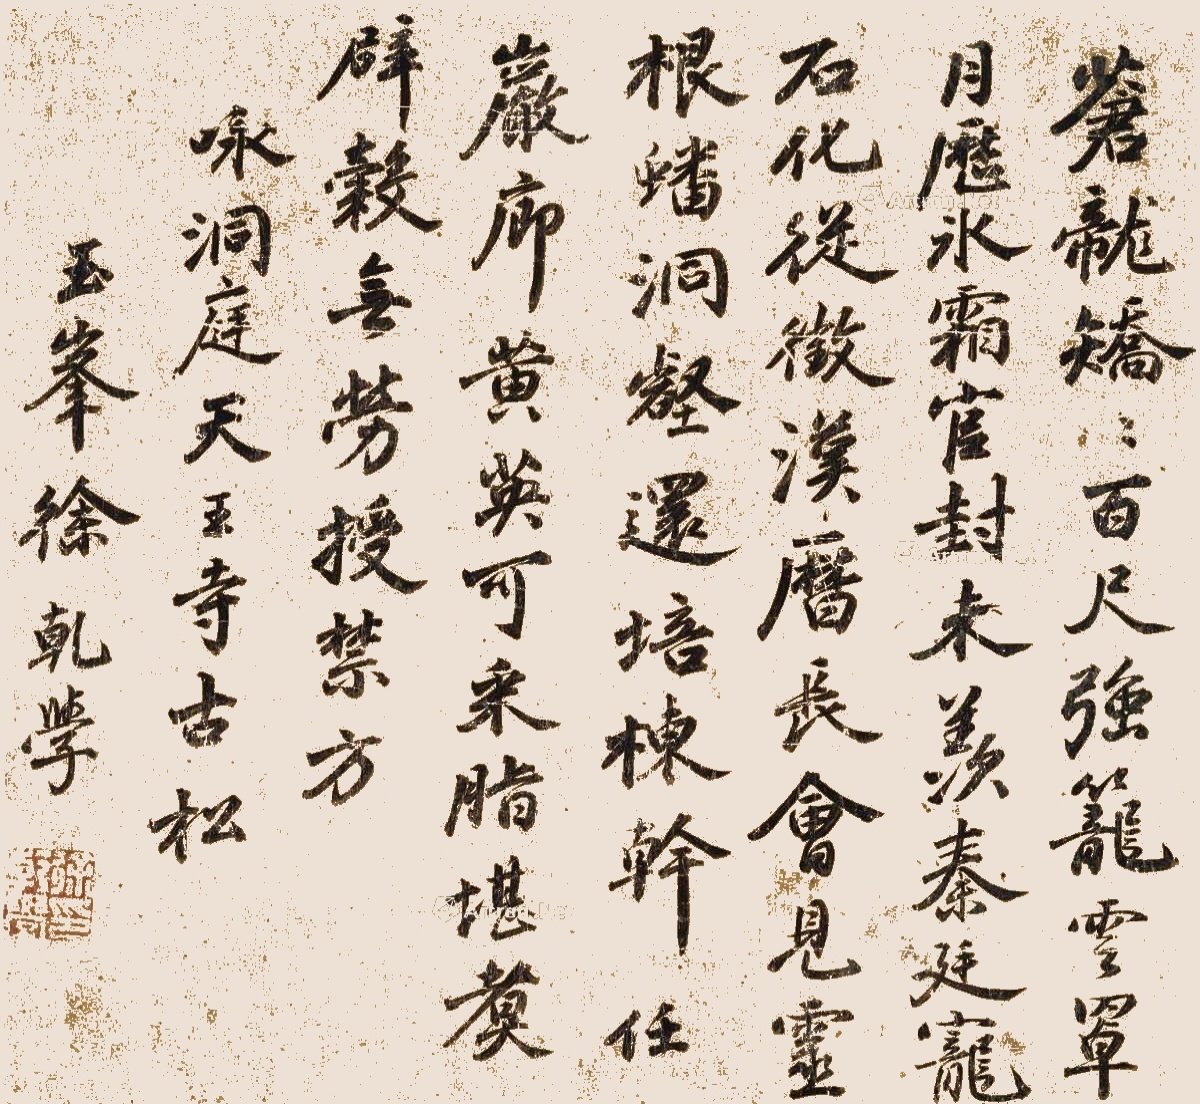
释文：苍龙矫矫百尺强，笼云罩月历水霜。官封未羡秦廷宠，石化从征汉历长。会见灵根蟠洞壑，还培栋干任岩廊。黄英可采脂堪煮，辟谷无劳授禁方。咏洞庭天王寺古松。玉峰徐干学。